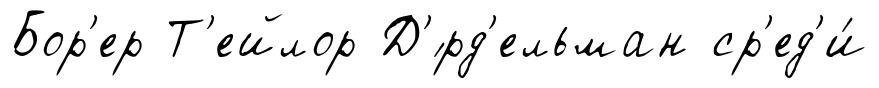
Бор'ер Т'ейлор Д'́рд'ельман ср'ед'и́